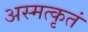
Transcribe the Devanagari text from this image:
अस्मत्कृतं